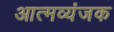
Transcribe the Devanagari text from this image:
आत्मव्यंजक